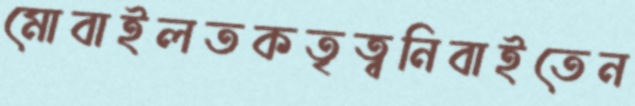
মোবাইলতকতৃত্বনিবাইতেন